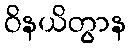
ဝိနယိတွာန